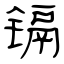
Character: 镉